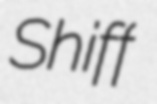
Shiff